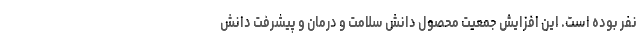
نفر بوده است. این افزایش جمعیت محصول دانش سلامت و درمان و پیشرفت دانش